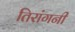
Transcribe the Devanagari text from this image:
तिरांगनी